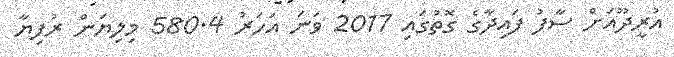
އުރީދޫއަށް ސާފު ފައިދާގެ ގޮތުގައި 2017 ވަނަ އަހަރު 580.4 މިލިޔަން ރުފިޔާ